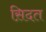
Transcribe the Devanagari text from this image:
स़िदत